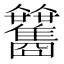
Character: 𩁰